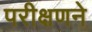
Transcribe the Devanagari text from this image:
परीक्षणने